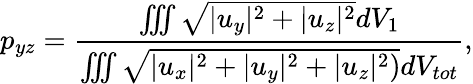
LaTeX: p_{yz}=\frac{\iiint\sqrt{|u_{y}|^{2}+|u_{z}|^{2}}dV_{1}}{\iiint\sqrt{|u_{x}|^{2}+|u_{y}|^{2}+|u_{z}|^{2})}dV_{tot}},